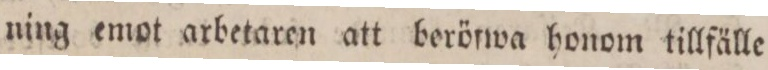
ning emot arbetaren att berörwa honom tillfälle